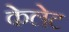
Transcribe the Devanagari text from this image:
केलेट